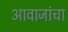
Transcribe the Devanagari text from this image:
आवाजांचा